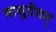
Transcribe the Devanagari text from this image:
वासुदेवम्